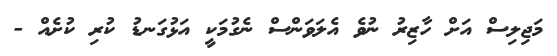
މަޖިލިސް އަށް ހާޒިރު ނުވެ އެލަވަންސް ނެގުމަކީ އަޅުގަނޑު ކުރި ކުށެއް -